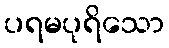
ပရမပုရိသော